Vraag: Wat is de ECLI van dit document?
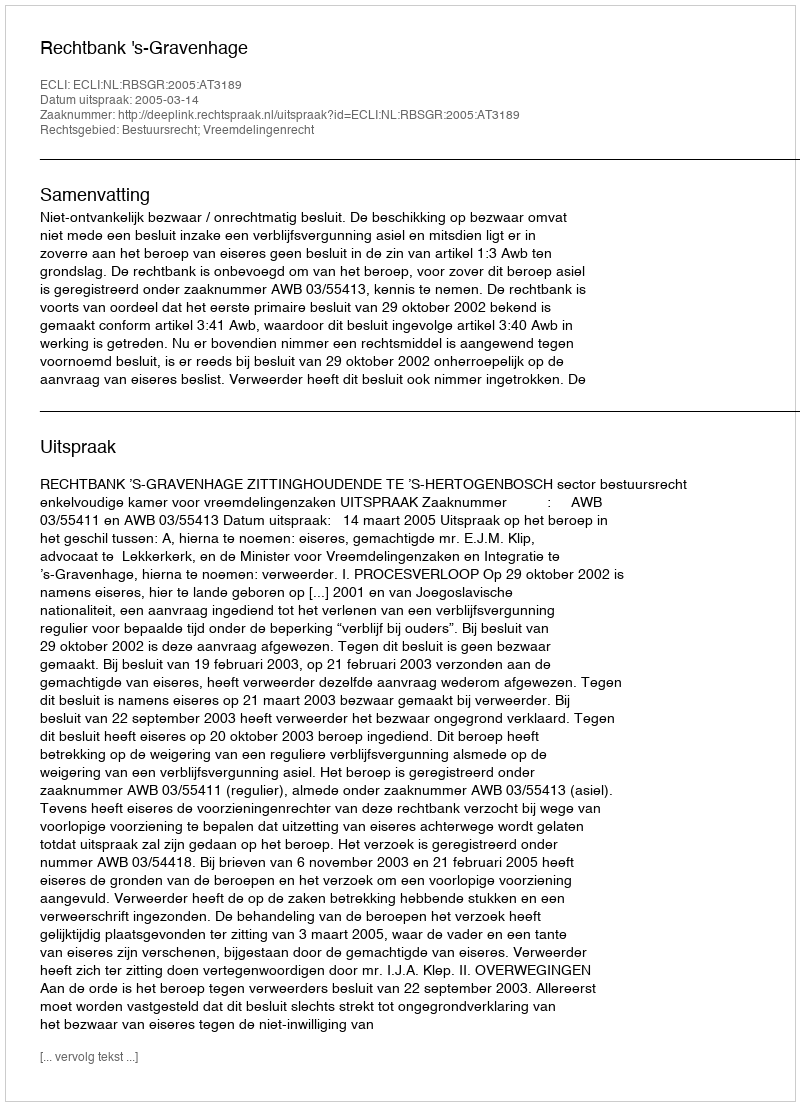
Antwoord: ECLI:NL:RBSGR:2005:AT3189